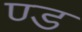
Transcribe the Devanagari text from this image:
ण्ड